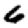
Digit: 6